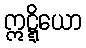
ဣဋ္ဋိယော